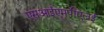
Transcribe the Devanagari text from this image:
एसआईएमपीएलई